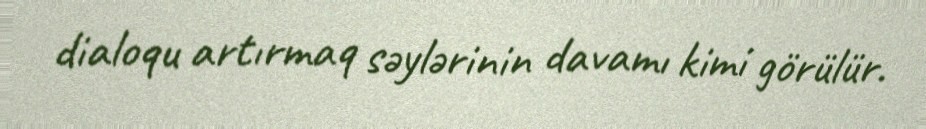
dialoqu artırmaq səylərinin davamı kimi görülür.